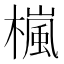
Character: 𣛄